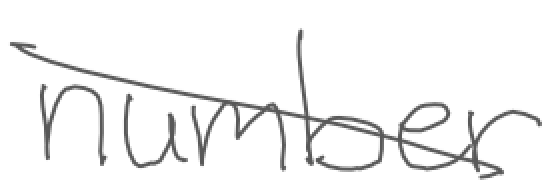
Text: number
Cross-out: diagonal
Writing tool: digital_gray